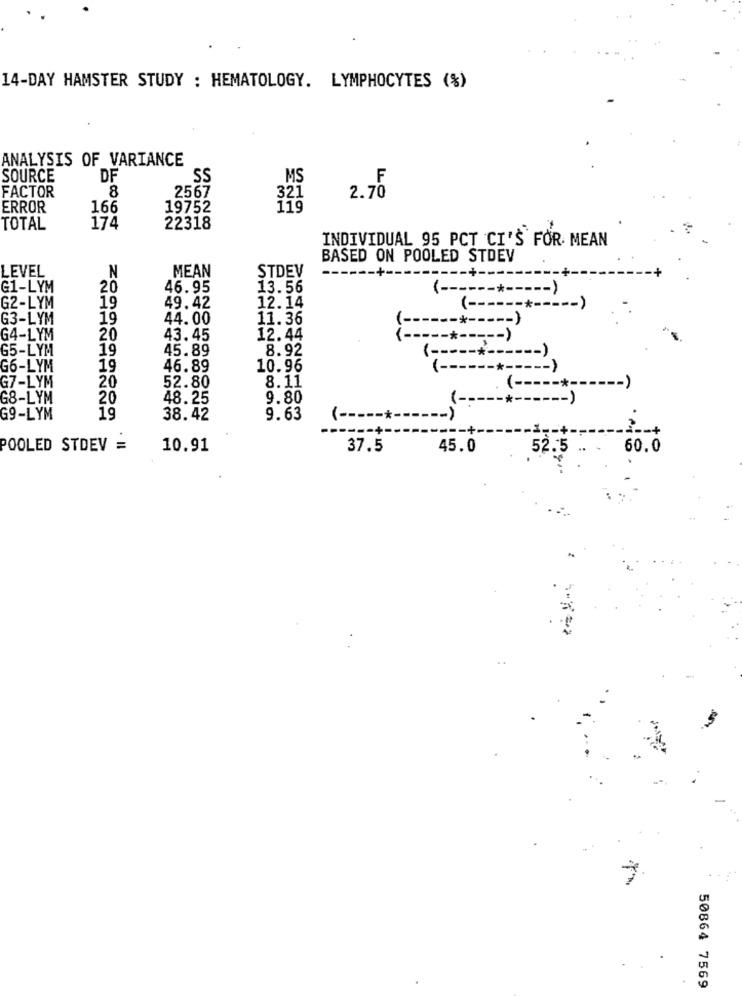
14-DAY HAMSTER STUDY : HEMATOLOGY. LYMPHOCYTES (%)
ANALYSIS OF VARIANCE
SOURCE
DF
SS
MS
F
FACTOR
8
2567
321
2.70
ERROR
166
19752
119
TOTAL
174
22318
INDIVIDUAL 95 PCT CI'S FÖR MEAN
BASED ON POOLED STDEV
LEVEL
MEAN
N
STDEV
-+ -----
G1-LYM
20
46.95
13.56
( ----------- )
19
12.14
G2-LYM
49.42
( ------*----- )
G3-LYM
19
44.00
11.36
(-
----*----- )
G4-LYM
20
43.45
12.44
( -----*----- )"
G5-LYM
19
45.89
8.92
( -----*------ )
G6-LYM
19
46.89
10.96
( ------------ )
G7-LYM
20
8.11
52.80
( -----*--
G8-LYM
20
48.25
9.80
( -----*------ )
G9-LYM
38.42
9.63
( -----*--
-- )
POOLED STDEV =
10.91
37.5
45.0
52.5
60.0
50864 7569